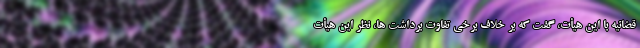
قضائیه با این هیأت، گفت که بر خلاف برخی تفاوت برداشت ها، نظر این هیأت